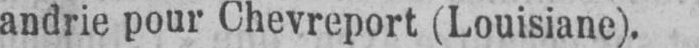
andrie pour Chevreport (Louisiane).